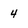
Character: 4